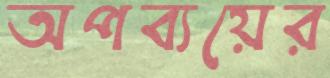
অপব্যয়ের